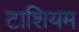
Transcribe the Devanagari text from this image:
टाशियम